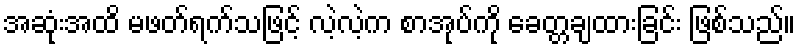
အဆုံးအထိ မဖတ်ရက်သဖြင့် လဲ့လဲ့က စာအုပ်ကို ခေတ္တချထားခြင်း ဖြစ်သည်။